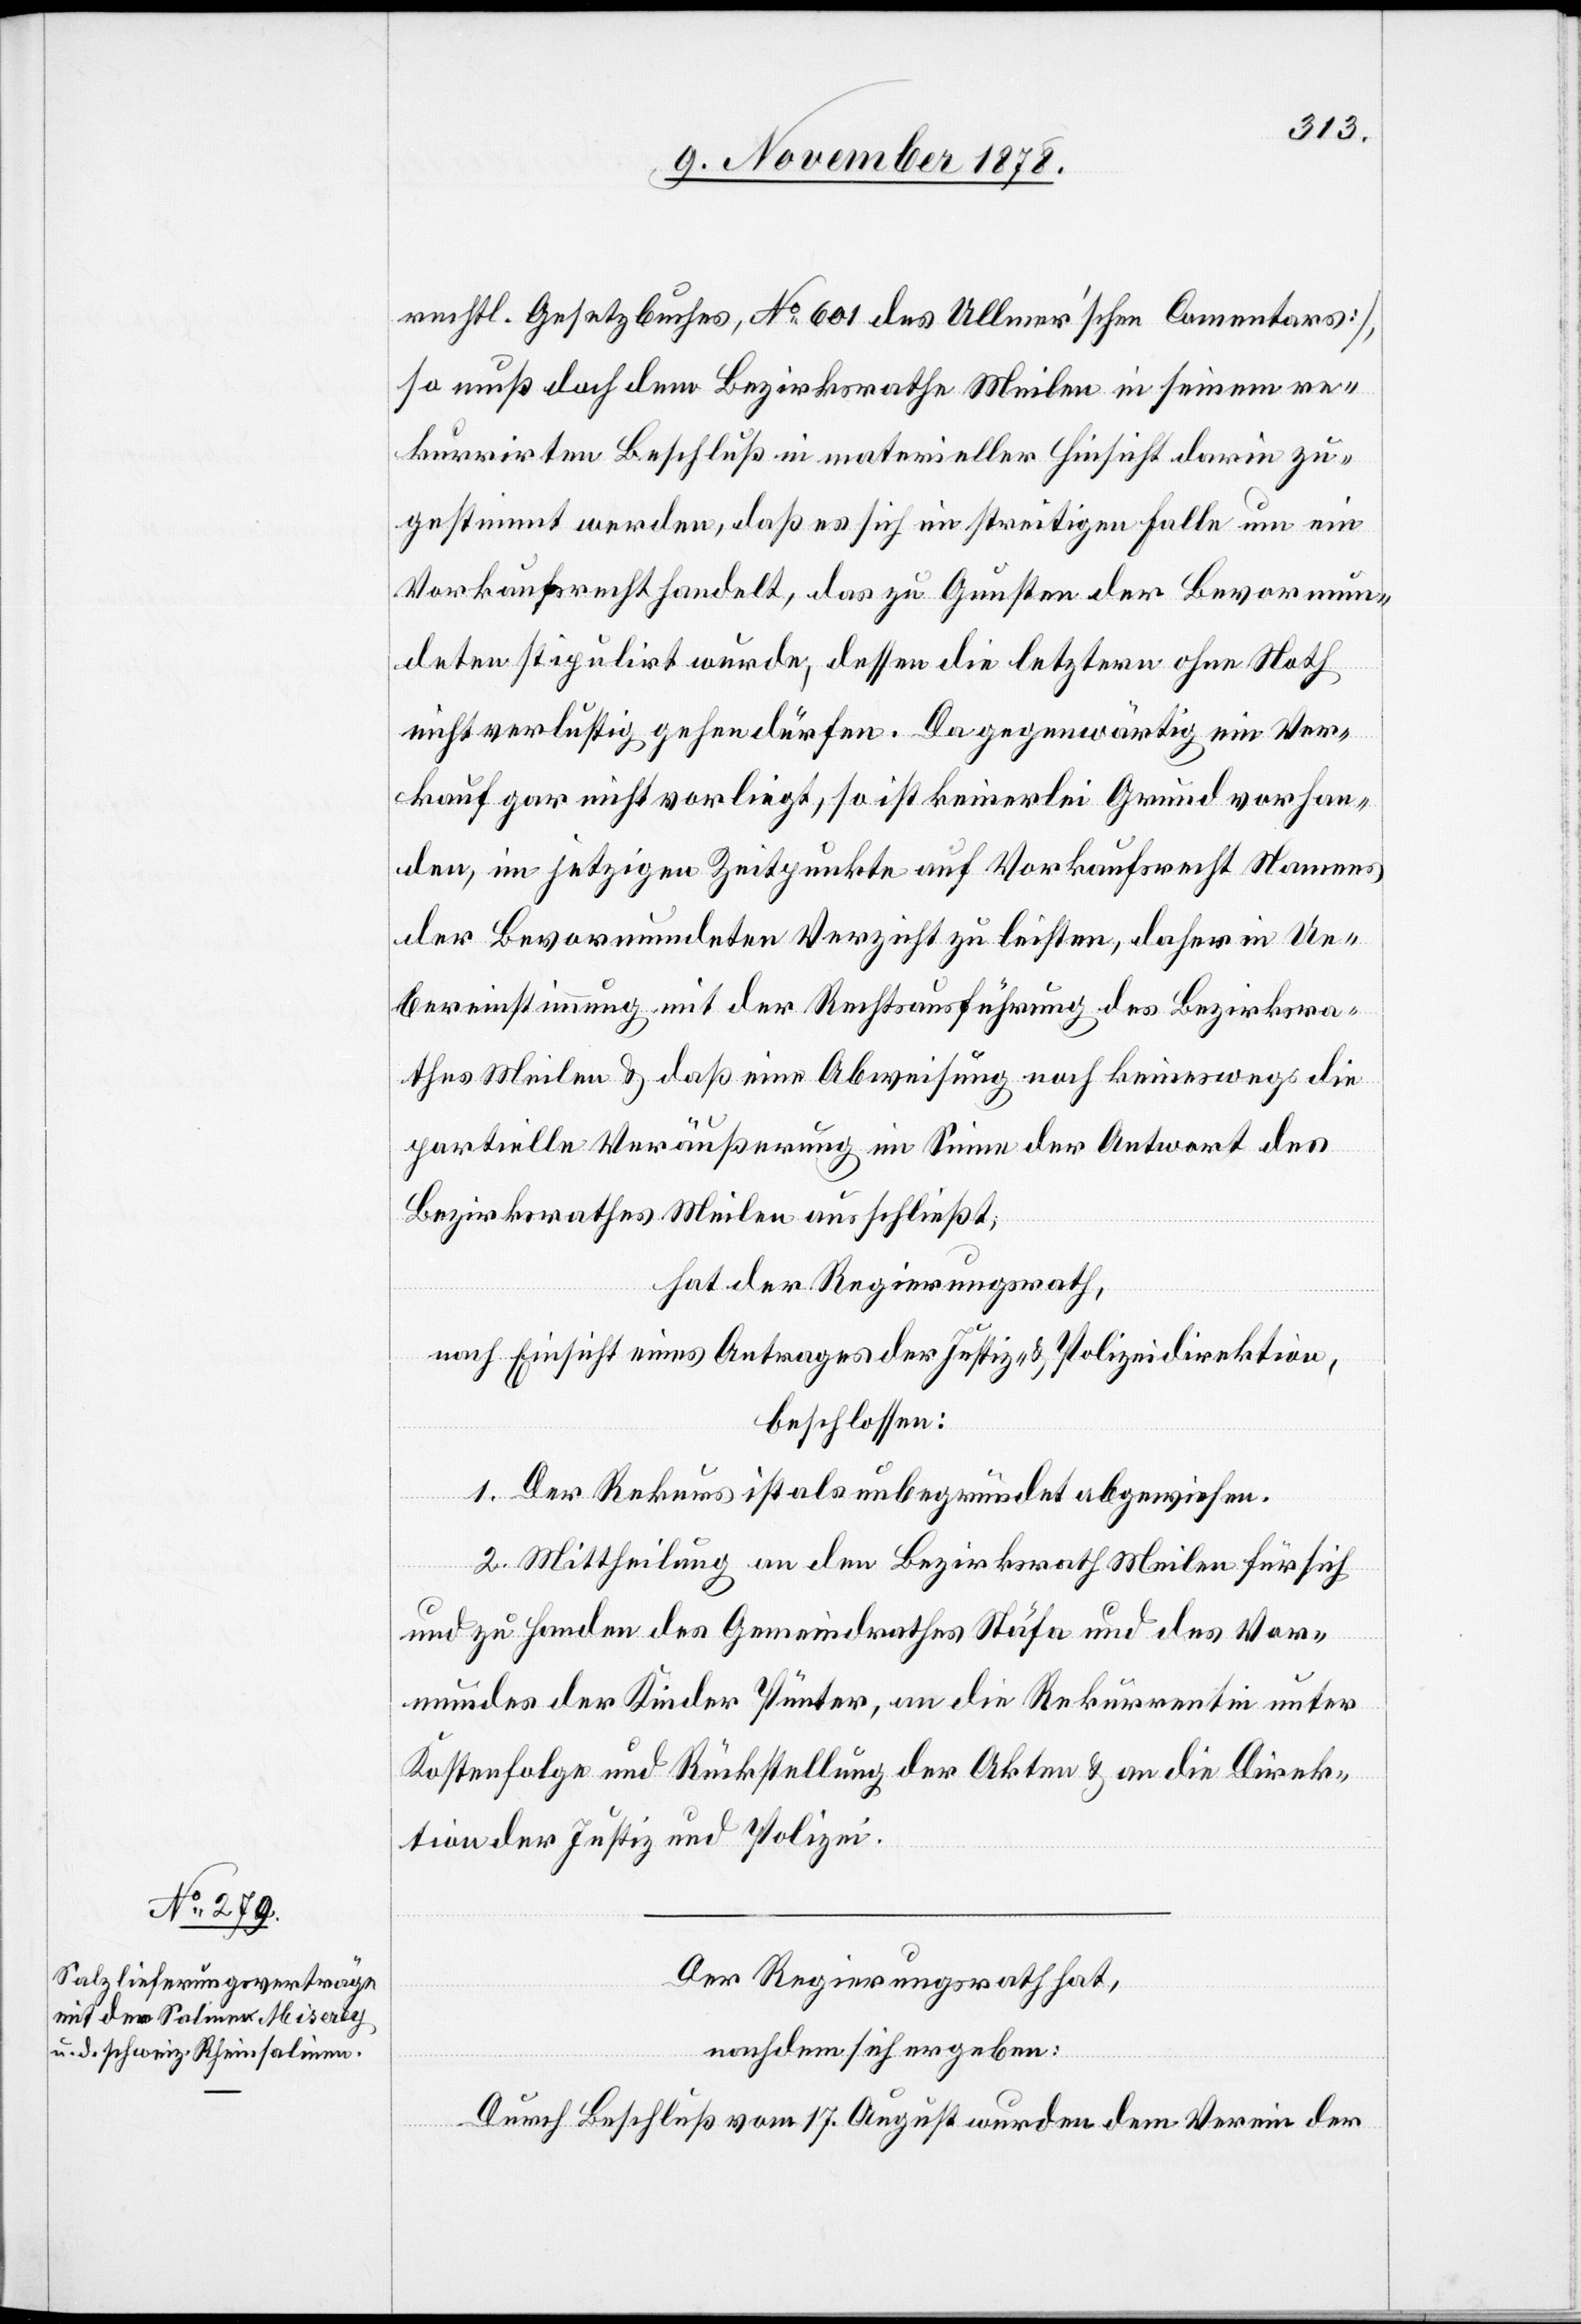
recht. Gesetzbuchs, No 601 des Ullmer’schen Commentars],
so muß doch dem Bezirksrathe Meilen in seinem re¬
kurrirten Beschluß in materieller Hinsicht darin zu¬
gestimmt werden, daß es sich im streitigen Falle um ein
Vorkaufsrecht handelt, das zu Gunsten der Bevormun¬
deten stipulirt wurde, dessen die letztern ohne Noth
nicht verlustig gehen dürfen. Da gegenwärtig ein Ver¬
kauf gar nicht vorliegt, so ist keinerlei Grund vorhan¬
den, im jetzigen Zeitpunkte auf Vorkaufsrecht Namens
der Bevormundeten Verzicht zu leisten, daher in Ue¬
bereinstimmung mit der Rechtsausführung des Bezirksra¬
thes Meilen & daß eine Abweisung noch keineswegs die
partielle Veräußerung im Sinne der Antwort des
Bezirksrathes Meilen ausschließt,
hat der Regierungsrath,
nach Einsicht eines Antrages der Justiz- & Polizeidirektion,
beschlossen:
1. Der Rekurs ist als unbegründet abgewiesen.
2. Mittheilung an den Bezirksrath Meilen für sich
und zu Handen des Gemeindrathes Stäfa und des Vor¬
mundes der Kinder Pünter, an die Rekurrentin unter
Kostenfolge und Rückstellung der Akten & an die Direk¬
tion der Justiz und Polizei.
Der Regierungsrath hat,
nachdem sich ergeben:
Durch Beschluß vom 17. August wurden dem Verein der